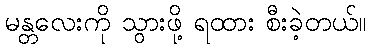
မန္တလေးကို သွားဖို့ ရထား စီးခဲ့တယ်။